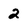
Character: 2